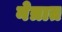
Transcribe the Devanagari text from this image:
नेत्रात